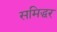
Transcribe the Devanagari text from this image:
समिद्धर